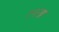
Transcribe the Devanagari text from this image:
१६ता